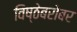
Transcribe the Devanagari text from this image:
विष्ठेबरोबर